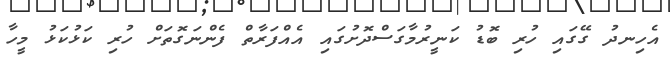
އެހިނދު ގޭގައި ހުރި ބޮޑު ކަނީރުމާގަސްދޮށުގައި އެއްފަރާތް ފެންނަގޮތަށް ހުރި ކަޅުކަޅު މީހާ